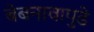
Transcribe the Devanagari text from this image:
बेबनावापुढे